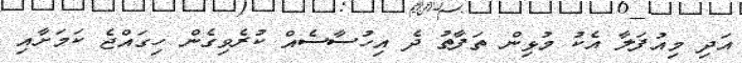
އަދި މިއުފަލާ އެކު މުޅިން ތަފާތު ދެ އިހުސާސެއް ކުރެވިގެން ހިގައްޖެ ކަމަށާއި